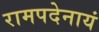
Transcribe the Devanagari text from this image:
रामपदेनायं